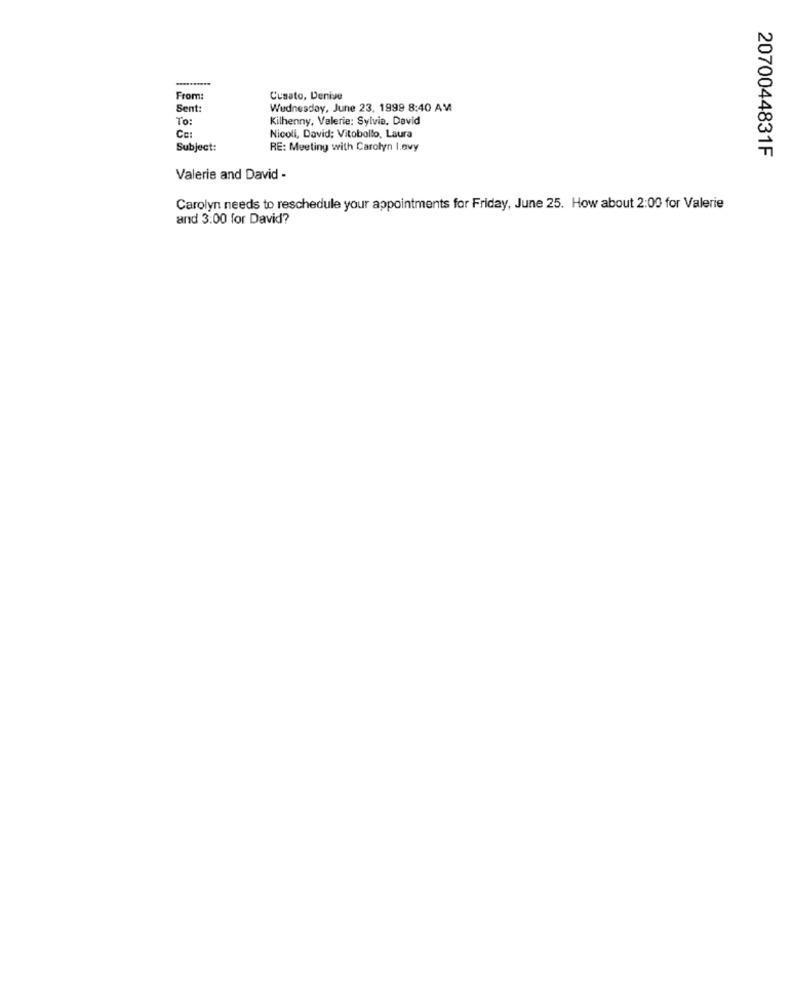
From:
Cusato, Denise
Sent:
Wednesday, June 23, 1999 8:40 AM
To:
Kilhenny, Valerie: Sylvie, David
Co:
Nicoli, David; Vitobollo, Laura
Subject:
RE: Meeting with Carolyn I.evy
2070044831F
Valerie and David -
Carolyn needs to reschedule your appointments for Friday, June 25. How about 2:00 for Valerie
and 3:00 for David?